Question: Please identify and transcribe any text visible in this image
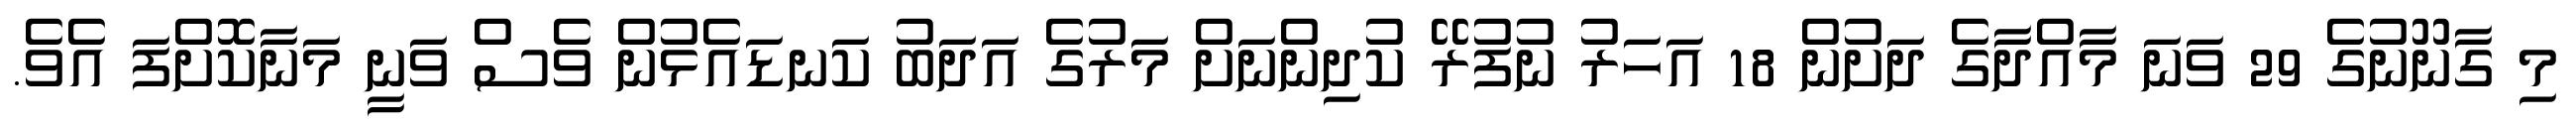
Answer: މި ގާނޫނުގެ 29 ވަނަ މާއްދާގެ ދަށުން 18 އަހަރު ނުފުރޭ ކުދިންނަށް މަރުގެ އަދަބު ކަނޑައެޅުން ވެސް ވަނީ މަނާކޮށްފަ އެވެ.